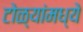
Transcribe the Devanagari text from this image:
टोळ्यांमध्ये